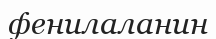
фенилаланин